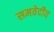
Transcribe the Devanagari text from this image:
समवेदीय